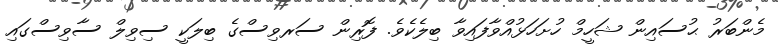
މެންބަރު ޙުސައިން ޝަހީމް ހުށަހަޅުއްވާފައިވާ ބިލެކެވެ. ފޮރިން ސަރވިސްގެ ބިލަކީ ސިވިލް ސާވިސްގައި